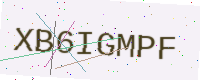
Text: XB6IGMPF